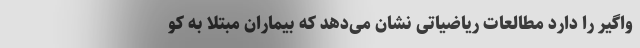
واگیر را دارد مطالعات ریاضیاتی نشان می‌دهد که بیماران مبتلا به کو